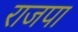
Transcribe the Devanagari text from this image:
राजपा